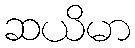
ဆယိမာ